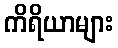
ကိရိယာများ